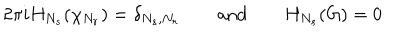
2 \pi i H _ { N _ { s } } ( \chi _ { N _ { r } } ) = \delta _ { N _ { s } , N _ { r } } \qquad \mathrm { { a n d } } \qquad H _ { N _ { s } } ( G ) = 0